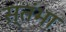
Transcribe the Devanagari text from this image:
स्तंभा